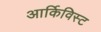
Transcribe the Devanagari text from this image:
आर्किविस्ट